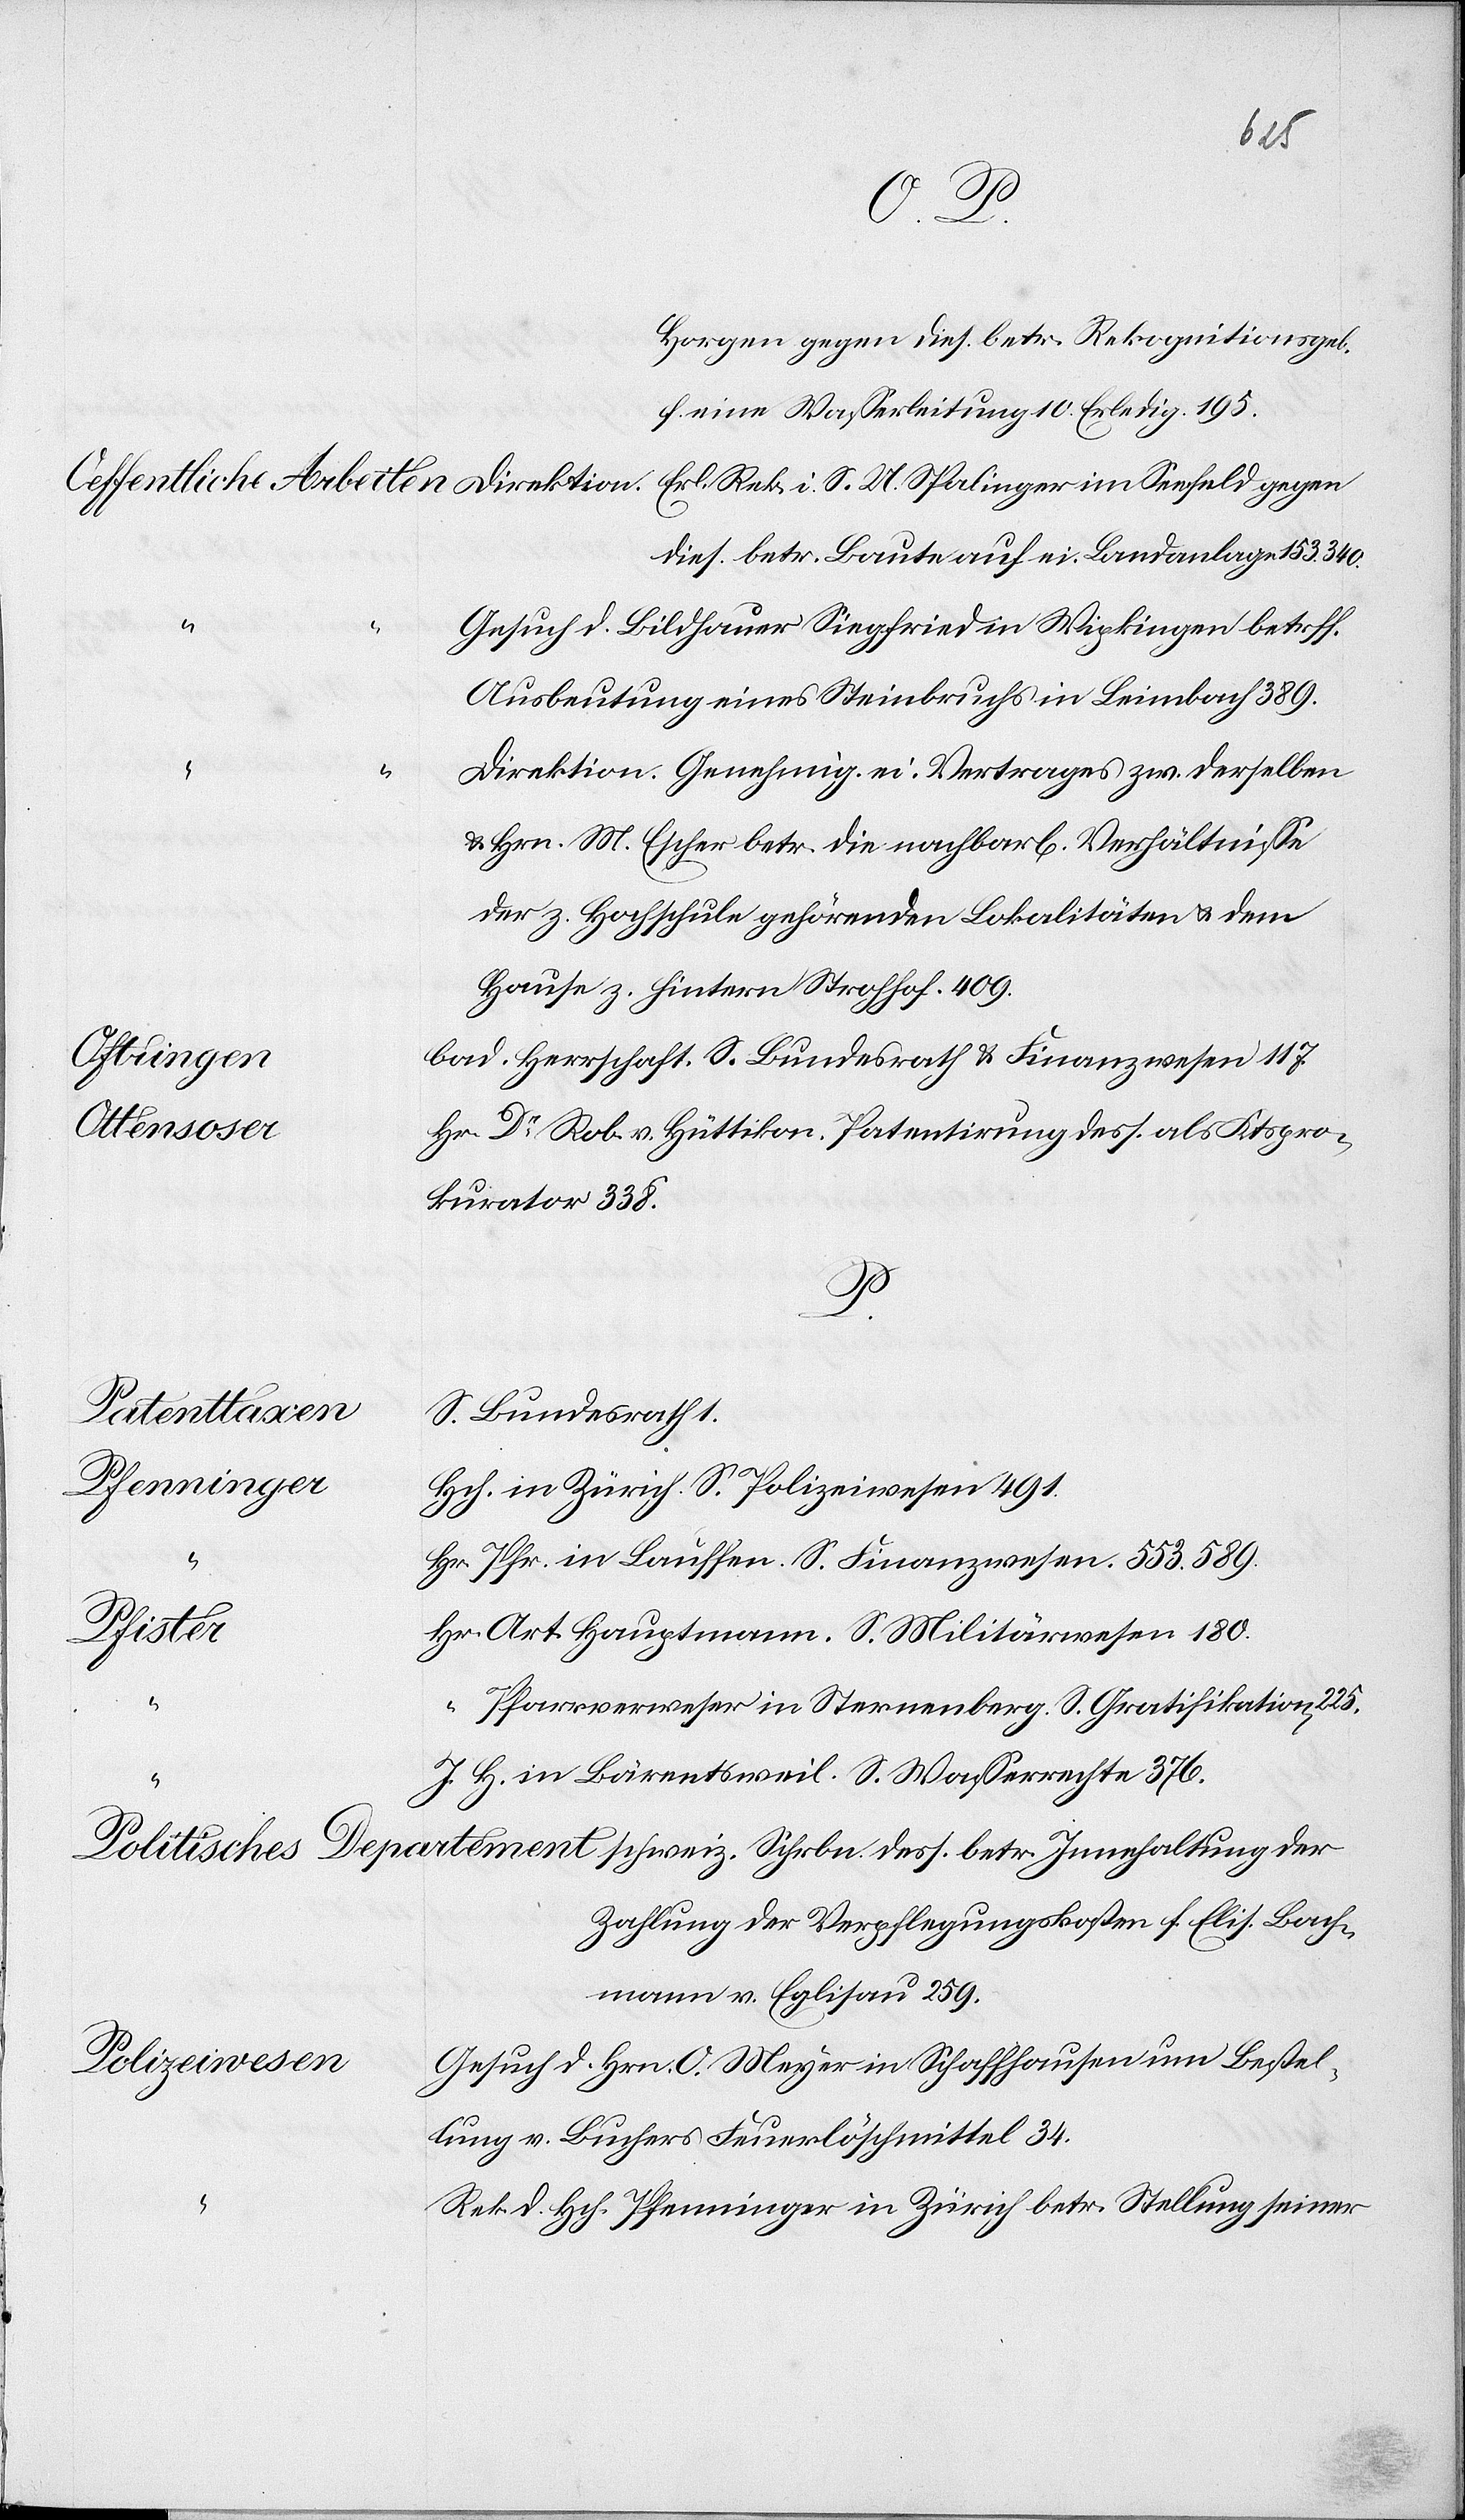
des
Finanzen,
machen.
politischen